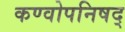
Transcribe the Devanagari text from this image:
कण्वोपनिषद्‌